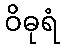
ဝိဓုရံ